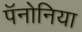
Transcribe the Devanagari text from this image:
पॅनोनिया